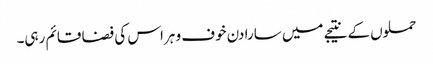
حملوں کے نتیجے میں سارا دن خوف و ہراس کی فضا قائم رہی۔